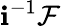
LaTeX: \mathbf{i}^{-1}{\mathcal{{F}}}